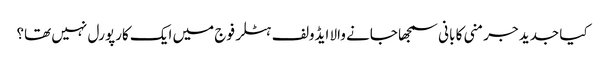
کیا جدید جرمنی کا بانی سمجھا جانے والا ایڈولف ہٹلر فوج میں ایک کارپورل نہیں تھا؟